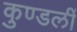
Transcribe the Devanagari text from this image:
कुण्डलीं